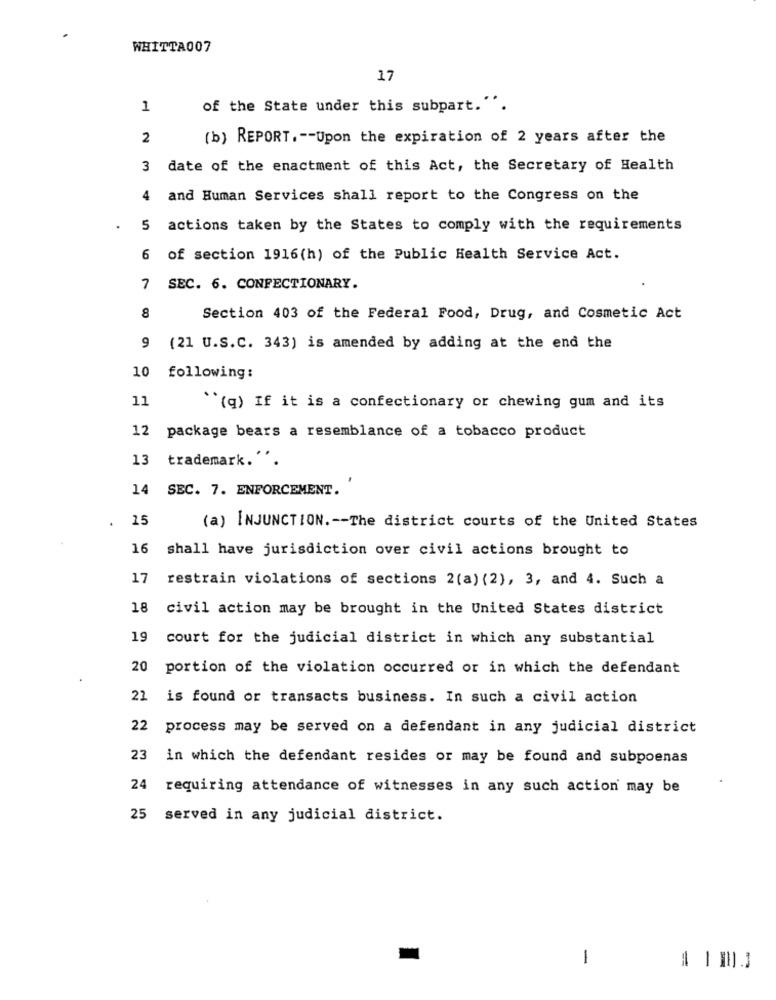
WHITTA007
17
1
of the State under this subpart.".
2
(b) REPORT .-- Upon the expiration of 2 years after the
3 date of the enactment of this Act, the Secretary of Health
4 and Human Services shall report to the Congress on the
5 actions taken by the States to comply with the requirements
6 of section 1916(h) of the Public Health Service Act.
7 SEC. 6. CONFECTIONARY.
8
Section 403 of the Federal Food, Drug, and Cosmetic Act
9
(21 U.S.C. 343) is amended by adding at the end the
10
following:
11
``(q) If it is a confectionary or chewing gum and its
12 package bears a resemblance of a tobacco product
13
trademark ..
14
SEC. 7. ENFORCEMENT.
.
25
(a) INJUNCTION .-- The district courts of the United States
16
shall have jurisdiction over civil actions brought to
17
restrain violations of sections 2(a) (2), 3, and 4. Such a
18
civil action may be brought in the United States district
19
court for the judicial district in which any substantial
20
portion of the violation occurred or in which the defendant
22
is found or transacts business. In such a civil action
22
process may be served on a defendant in any judicial district
23
in which the defendant resides or may be found and subpoenas
24 requiring attendance of witnesses in any such action may be
25 served in any judicial district.
1
=